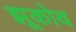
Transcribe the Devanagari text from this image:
झूकोव